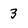
Character: 3